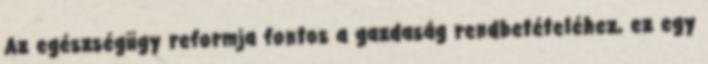
Az egészségügy reformja fontos a gazdaság rendbetételéhez, ez egy